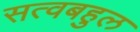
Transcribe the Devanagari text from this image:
सत्वबहुल